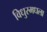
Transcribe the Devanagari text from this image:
विधुरमधला